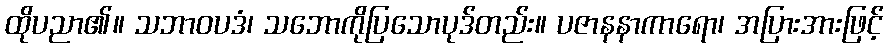
ထိုပညာ၏။ သဘာဝပဒံ၊ သဘောကိုပြသောပုဒ်တည်း။ ပဇာနနာကာရော၊ အပြားအားဖြင့်